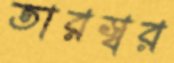
তারস্বর